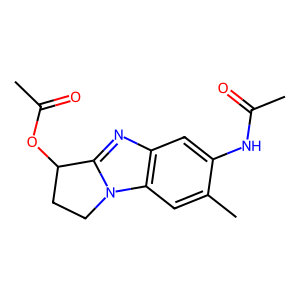
SMILES: CC(=O)Nc1cc2nc3n(c2cc1C)CCC3OC(C)=O
Inhibits HIV replication: No